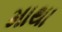
માથા